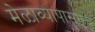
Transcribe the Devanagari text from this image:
मेळाव्यापासूनच